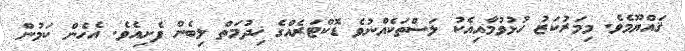
ޤައްޔޫމެވެ. މިމަރުކަޒު ހުޅުވުމާއިއެކު ލަސްތަކެއްނުވެ ޑޮކްޓަރެއްގެ ޚިދުމަތް ލިބެން ފެށިއެވެ. އެހެން ކަމުން